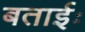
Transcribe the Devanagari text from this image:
बताईः